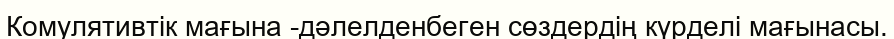
Комулятивтік мағына -дәлелденбеген сөздердің күрделі мағынасы.